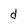
Character: d